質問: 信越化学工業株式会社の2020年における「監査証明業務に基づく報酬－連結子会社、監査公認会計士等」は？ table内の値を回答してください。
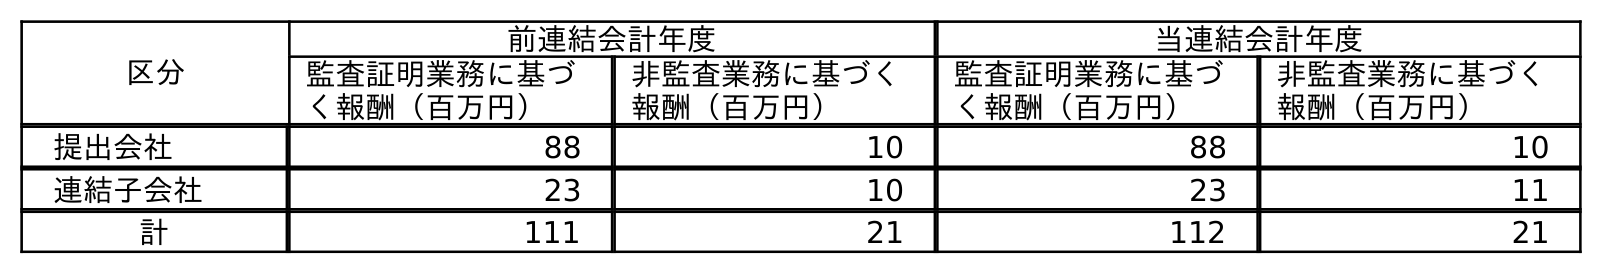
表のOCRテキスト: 区分 前連結会計年度 当連結会計年度 監査証明業務に基づ く報酬（百万円） 非監査業務に基づく 報酬（百万円） 監査証明業務に基づ く報酬（百万円） 非監査業務に基づく 報酬（百万円） 提出会社 88 10 88 10 連結子会社 23 10 23 11 計 111 21 112 21
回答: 23